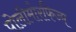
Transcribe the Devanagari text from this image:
पोलीमोरफिज्म